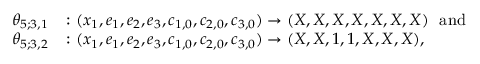
\begin{array} { r l } { \theta _ { 5 ; 3 , 1 } } & { \colon ( x _ { 1 } , e _ { 1 } , e _ { 2 } , e _ { 3 } , c _ { 1 , 0 } , c _ { 2 , 0 } , c _ { 3 , 0 } ) \to ( X , X , X , X , X , X , X ) \ \mathrm { ~ a n d } } \\ { \theta _ { 5 ; 3 , 2 } } & { \colon ( x _ { 1 } , e _ { 1 } , e _ { 2 } , e _ { 3 } , c _ { 1 , 0 } , c _ { 2 , 0 } , c _ { 3 , 0 } ) \to ( X , X , 1 , 1 , X , X , X ) , } \end{array}